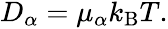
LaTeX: \begin{array}{r}{D_{\alpha}=\mu_{\alpha}k_{\mathrm{B}}T.}\end{array}